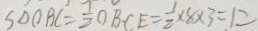
S _ { \Delta O B C } = \frac { 7 } { 2 } O B - C E = \frac { 1 } { 2 } \times 8 \times 3 = 1 2